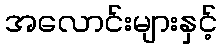
အလောင်းများနှင့်